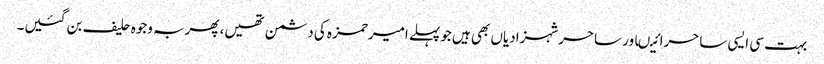
بہت سی ایسی ساحرائیںاور ساحرشہزادیاں بھی ہیں جوپہلے امیرحمزہ کی دشمن تھیں، پھربہ وجوہ حلیف بن گئیں۔